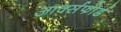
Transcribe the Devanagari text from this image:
आर्क्सफोर्ड